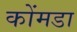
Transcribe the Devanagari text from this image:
कोंमडा